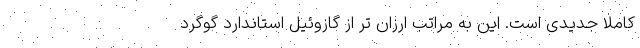
کاملا جدیدی است. این به مراتب ارزان تر از گازوئیل استاندارد گوگرد